Vaccination in the Punjab 1905-1918 - 1905-1918
Year: 1905
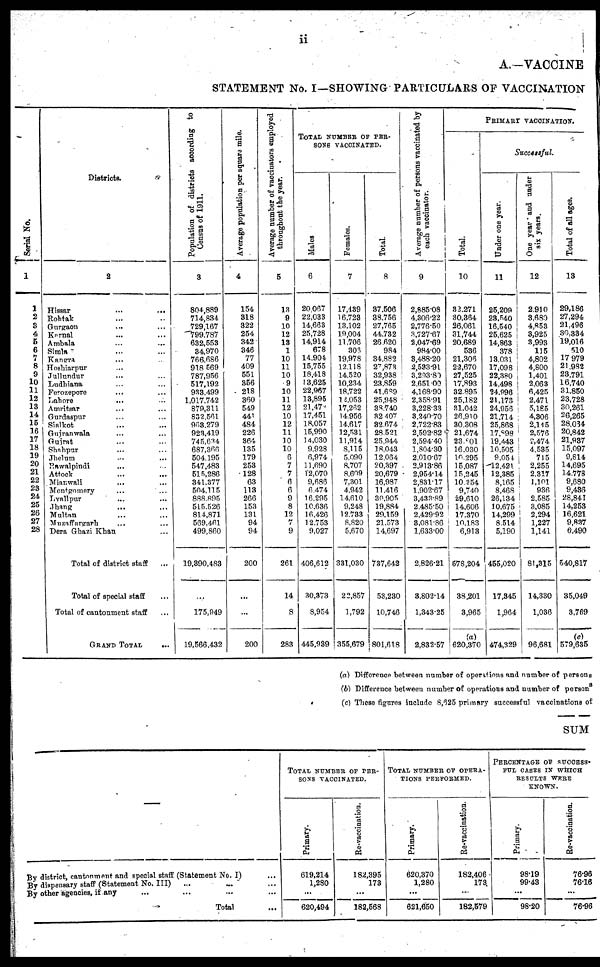
ii
A.—VACCINE
STATEMENT No. I—SHOWING PARTICULARS OF VACCINATION
Serial No.
1
1
2
3
4
5
6
7
8
9
10
11
12
13
14
15
16
17
18
19
20
21
22
23
24
25
26
27
28
Districts.
2
Hissar
...
...
Rohtak ... ...
Gurgaon ... ...
Karnal ... ...
Ambala ... ...
Simla ... ...
Kangra ... ...
Hoshiarpur ... ...
Jullundur ... ...
Ludhiana ... ...
Ferozepore ... ...
Lahore
... ...
Amritsar ... ...
Gurdaspur ... ...
Sialkot ... ...
Gujranwala ... ...
Guirat ... ...
Shahpur ... ...
Jhelum ... ...
Rawalpindi ... ...
Attock ... ...
Mianwali ... ...
Montgomery ... ...
Lyallpur ... ...
Jhang ... ...
Multan ... ...
Muzaffargarh ... ...
Dera Ghazi Khan.
Total of district staff ...
Total of special staff ...
Total of cantonment staff ...
GRAND TOTAL
...
Population of districts according to
Census of 1911.
3
804,889
714,834
729,167
799,787
632,553
34,970
766,686
918,569
787,956
517,192
933,499
1,017,742
879,311
832,561
968,279
923,419
745,634
687,366
504,195
547,483
515,286
341,377
504,115
888,895
515,526
814,871
569,461
499,860
19,390,483
...
175,949
19,566,432
Average population per square mile.
4
154
318
322
254
342
346
77
409
551
356
218
360
549
441
484
226
364
135
179
253
128
63
113
266
153
131
94
94
200
...
...
200
Average number of vacciuators employed
throughout the year.
5
13
9
10
12
13
1
10
11
10
9
10
11
12
10
12
11
10
10
6
7
7
6
6
9
8
12
7
9
261
14
8
283
TOTAL NUMBER OF PER-
SONS VACCINATED.
Males.
6
20,067
22,033
14,663
25,728
14,914
678
14,904
15,755
18,418
13,625
22,967
13,895
21,47
17,451
18,057
15,990
14,030
9,928
6,974
11,690
12,070
9,686
6,474
16,295
10,636
16,426
12,753
9,027
406,612
30,373
8,954
445,939
Females.
7
17,439
16,723
13,102
19,004
11,706
303
19,978
12,118
14,520
10,234
18,722
12,053
17,262
14,956
14,617
12,531
11,914
8,115
5,090
8,707
8,609
7,301
4,942
14,610
9,248
12,733
8,820
5,670
331,030
22,857
1,792
355,679
Total.
8
37,506
38,756
27,765
44,732
26,620
984
34,882
27,878
32,938
23,859
41,689
25,948
38,740
32,407
32.674
28,521
25,944
18,043
12,064
20,397
20,679
16,987
11,416
30,905
19,884
29,159
21,573
14,697
737,642
53,230
10,746
801,618
Average number of persons vaccinated by
each vaccinator.
9
2,885.08
4,306.22
2,776.50
3,727.67
2,047.69
984.00
3,488.20
2,533.91
3,233.80
2,651.00
4,168.90
2,358.91
3,228.33
3,240.70
2,722.83
2,592.82
2,594.40
1,804.30
2,010.67
2,913.86
2,954.14
2,831.17
1,902.67
3,433.89
2,485.50
2,429.92
3,081.86
1,633.00
2,826.21
3,802.14
1,343.25
2,832.57
PRIMARY VACCINATION.
Total.
10
32,271
30,364
26,061
31,744
20,689
536
21,306
22,670
27,525
17,893
32,895
25,182
31,042
26,910
30,308
21,674
23,801
16,030
10,295
15,087
15,245
10,254
9,740
29,610
14,606
17,370
10,183
6,913
578,204
38,201
3,965
(a)
620,370
Successful.
Under one year.
11
25,209
23,540
16,540
25,625
14,863
378
13,031
17,098
22,380
14,498
24,996
21,173
24,956
21,714
25,868
17,898
19,443
10,505
9,054
12,421
12,385
8,165
8,468
26,134
10,675
14,299
8,514
5,190
455,020
17,345
1,964
474,329
One year and under
six years.
12
2,910
3,680
4,853
3,925
3,993
115
4,802
4,800
1,401
2,063
6,425
2,471
5,185
4,306
2,115
2,576
2,474
4,535
715
2,255
2,317
1,101
936
2,585
3,085
2,294
1,227
1,141
81,315
14,330
1,036
96,681
Total of all ages.
13
29,186
27,294
21,496
30,334
19,016
510
17,979
21,982
23,791
16,740
31,850
23,728
30,261
26,265
28,064
20,842
21,937
15,097
9,814
14,695
14,778
9,680
9,436
28,841
14,253
16,621
9,837
6,490
540,817
35,049
3,769
(c)
579,635
(a) Difference between number of operations and number of persons
(b) Difference between number of operations and number of person
(c) These figures include 8,625 primary successful vaccinations of
SUM
By district cantonment and special staff (Statement No. I) ...
By dispensary staff (Statement No. III)
...
... ...
By other agencies, if any ... ... ... ...
Total ...
TOTAL NUMBER OF PER-
SONS VACCINATED.
Primary.
619,214
1,280
...
620,494
Re-vaccination.
182,395
173
...
182,568
TOTAL NUMBER OF OPERA-
TIONS PEEFORMED.
Primary.
620,370
1,280
...
621,650
Re-vaccination.
182,406
173
...
182,579
PERCENTAGE OF SUCCESS-
FUL CASES IN WHICH
RESULTS WERE
KNOWN.
Primary.
98.19
99.43
...
98.20
Re-vaccination.
76.96
76.16
...
76.96